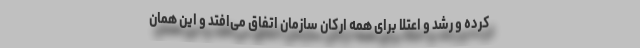
کرده و رشد و اعتلا برای همه ارکان سازمان اتفاق می‌افتد و این همان